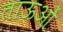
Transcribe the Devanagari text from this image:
ताऊओं